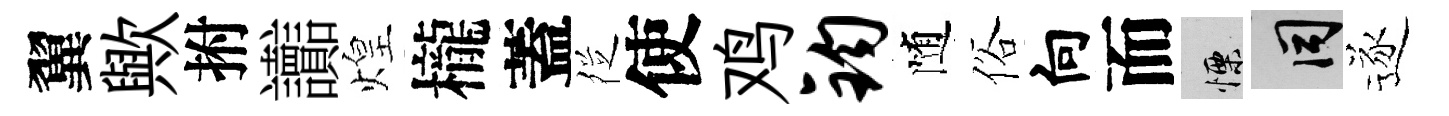
翼歟拊讟煌櫳蓋徔使鸡钧随俗向而慄间逐